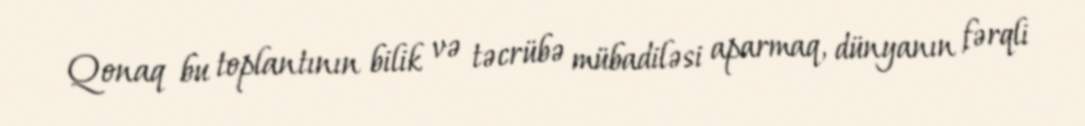
Qonaq bu toplantının bilik və təcrübə mübadiləsi aparmaq, dünyanın fərqli